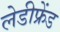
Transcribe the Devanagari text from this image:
लेडीफ्रेंड